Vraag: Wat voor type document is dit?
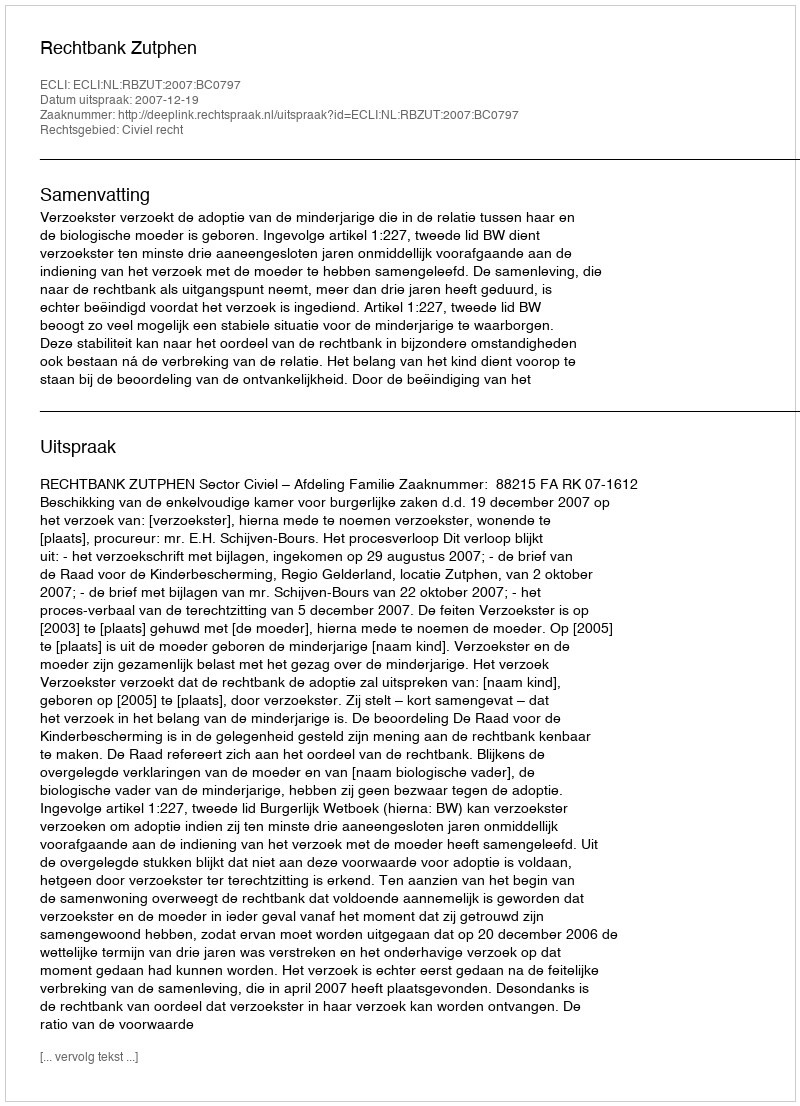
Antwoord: Uitspraak